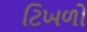
ટિખળો